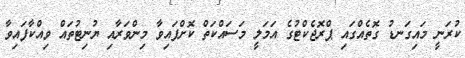
ކުރަނީ މައިގަނޑު ގޮތެއްގައި ޕްރޮޖެކްޓުގެ އަމަލީ މަސައްކަތް ކޮށްފައިވާ މިންވަރާއި ޔުނިޓުތައް ވިއްކާފައިވާ